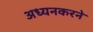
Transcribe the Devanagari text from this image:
अध्यनकरने